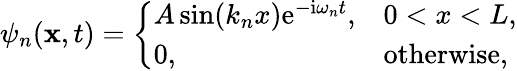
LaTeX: \psi_{n}(\mathbf{x},t)={\left\{ \begin{array}{ll}{A\sin(k_{n}x)\mathrm{e}^{-\mathrm{i}\omega_{n}t},}&{0<x<L,}\\ {0,}&{{\mathrm{otherwise,}}}\end{array}\right.}